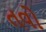
તવો